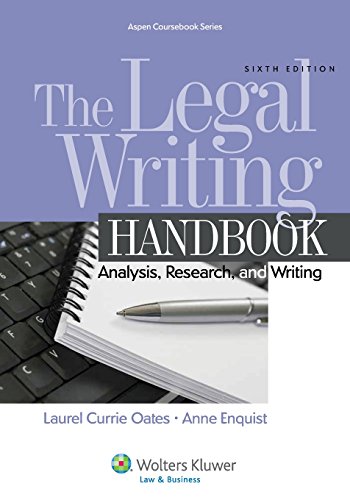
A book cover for The Legal Writing Handbook: Analysis Research & Writing, Sixth Edition (Aspen Coursebook); Laurel Currie Oates; Law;